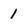
Character: 1